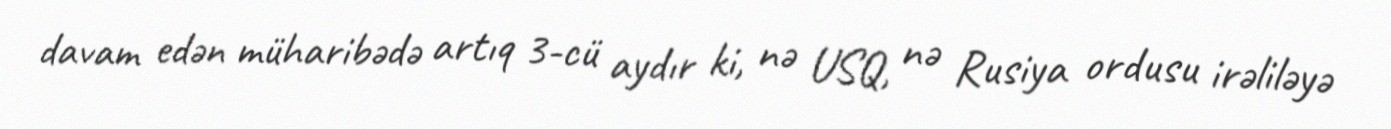
davam edən müharibədə artıq 3-cü aydır ki, nə USQ, nə Rusiya ordusu irəliləyə